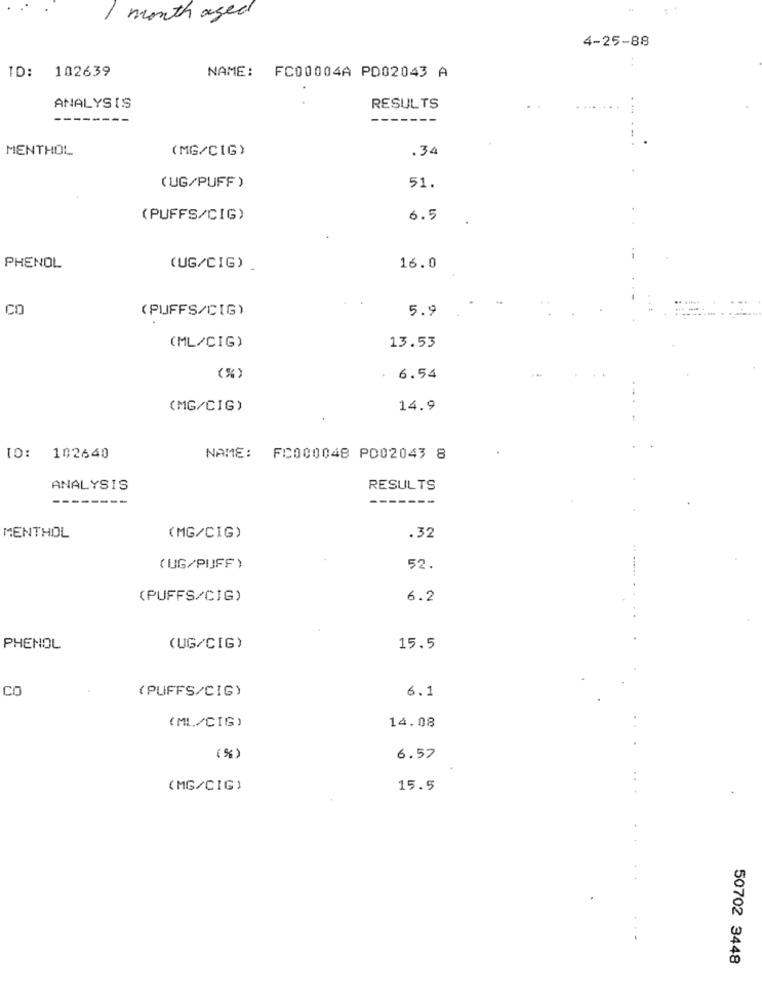
month aged
4-25-88
ID: 102639
NAME: FC00004A PD02043 A
ANALYSIS
RESULTS
-------
-------
MENTHOL
(MG/CIG)
.34
(UG/PUFF )
51.
(PUFFS/CIG)
6.5
PHENOL
(UG/CIG) .
16.0
CO
(PUFFS/CIG)
5.9
(ML/CIG)
13.53
(%)
. 6.54
(MG/CIG)
14.9
.
TO: 102640
NAME: FC000048 PO02043 8
ANALYSIS
RESULTS
--------
------
MENTHOL
(MG/CIG)
.32
( UG/PUFF)
52.
(PUFFS/CIG)
6.2
PHENOL
(UG/CIG)
15.5
CO
(PUFFS/CIG)
6.1
(ML/CIG)
14.08
( %)
6.57
(MG/CIG)
15.5
50702 3448